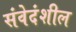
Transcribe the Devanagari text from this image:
संवेदंशील